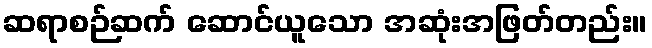
ဆရာစဉ်ဆက် ဆောင်ယူသော အဆုံးအဖြတ်တည်း။